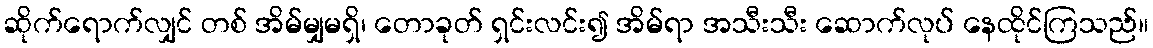
ဆိုက်ရောက်လျှင် တစ် အိမ်မျှမရှိ၊ တောခုတ် ရှင်းလင်း၍ အိမ်ရာ အသီးသီး ဆောက်လုပ် နေထိုင်ကြသည်။